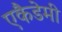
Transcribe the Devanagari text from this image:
एकैडेमी